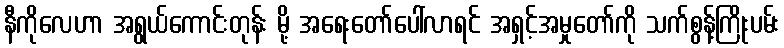
နီကိုလေဟာ အရွယ်ကောင်းတုန်း မို့ အရေးတော်ပေါ်လာရင် အရှင့်အမှုတော်ကို သက်စွန့်ကြိုးပမ်း